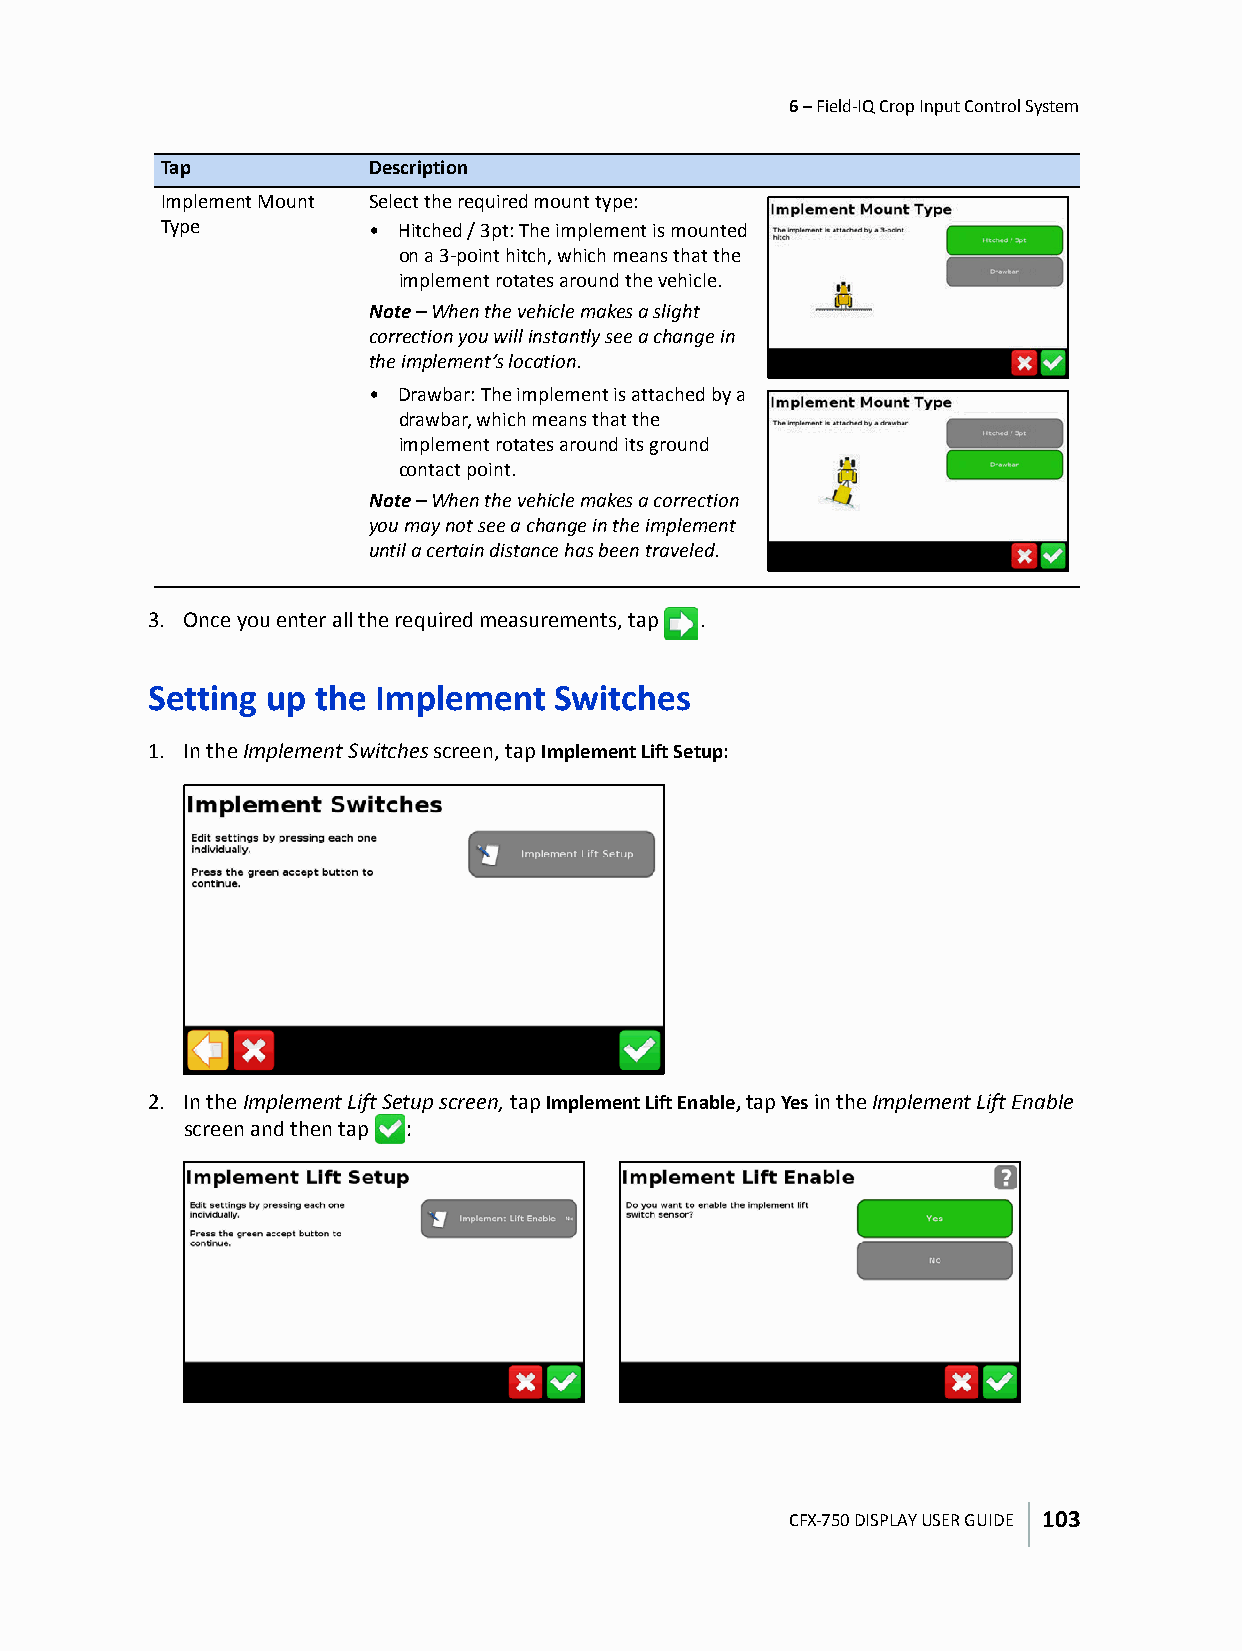
6 – Field-IQ Crop Input Control System
 Tap           Description
 Implement Mount Select the required mount type:
 Type          • Hitched / 3pt: The implement is mounted
 on a 3-point hitch, which means that the
 implement rotates around the vehicle.
 Note – When the vehicle makes a slight
 correction you will instantly see a change in
 the implement’s location.
 • Drawbar: The implement is attached by a
 drawbar, which means that the
 implement rotates around its ground
 contact point.
 Note – When the vehicle makes a correction
 you may not see a change in the implement
 until a certain distance has been traveled.
 3. Once you enter all the required measurements, tap .
 Setting up the Implement   Switches
 1. In the Implement Switches screen, tap Implement Lift Setup:
 2. In the Implement Lift Setup screen, tap Implement Lift Enable, tap Yes in the Implement Lift Enable
 screen and then tap :
 CFX-750 DISPLAY USER GUIDE 103